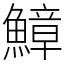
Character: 鱆